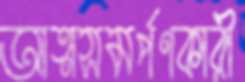
আত্মসমর্পণকারী